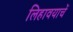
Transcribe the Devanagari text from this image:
लिहावयाचें